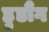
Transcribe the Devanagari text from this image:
हुडौंग